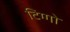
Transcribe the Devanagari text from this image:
टिग्गो